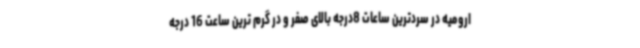
ارومیه در سردترین ساعات 8درجه بالای صفر و در گرم ترین ساعت 16 درجه